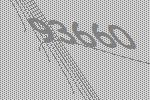
93660